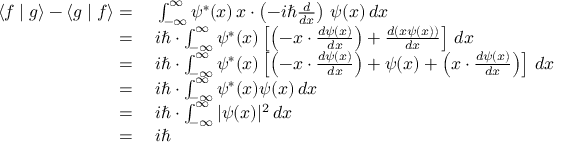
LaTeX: \begin{array} { r l } { \langle f \mid g \rangle - \langle g \mid f \rangle = { } } & { { } \int _ { - \infty } ^ { \infty } \psi ^ { * } ( x ) \, x \cdot \left( - i \hbar { \frac { d } { d x } } \right) \, \psi ( x ) \, d x } \\ { = { } } & { { } i \hbar \cdot \int _ { - \infty } ^ { \infty } \psi ^ { * } ( x ) \left[ \left( - x \cdot { \frac { d \psi ( x ) } { d x } } \right) + { \frac { d ( x \psi ( x ) ) } { d x } } \right] \, d x } \\ { = { } } & { { } i \hbar \cdot \int _ { - \infty } ^ { \infty } \psi ^ { * } ( x ) \left[ \left( - x \cdot { \frac { d \psi ( x ) } { d x } } \right) + \psi ( x ) + \left( x \cdot { \frac { d \psi ( x ) } { d x } } \right) \right] \, d x } \\ { = { } } & { { } i \hbar \cdot \int _ { - \infty } ^ { \infty } \psi ^ { * } ( x ) \psi ( x ) \, d x } \\ { = { } } & { { } i \hbar \cdot \int _ { - \infty } ^ { \infty } | \psi ( x ) | ^ { 2 } \, d x } \\ { = { } } & { { } i \hbar } \end{array}